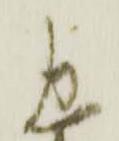
忠